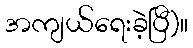
အကျယ်ရေးခဲ့ပြီ)။